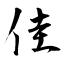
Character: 佳